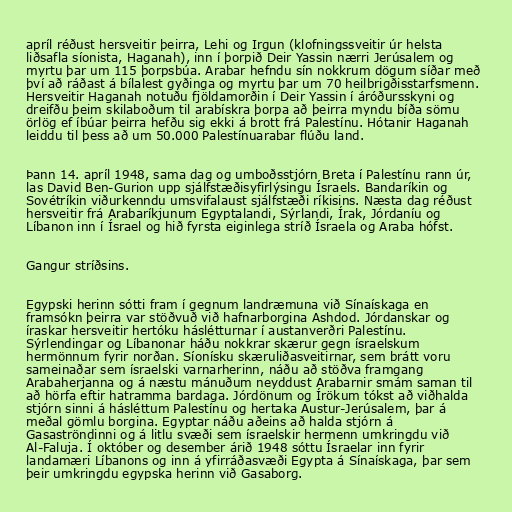
apríl réðust hersveitir þeirra, Lehi og Irgun (klofningssveitir úr helsta
liðsafla síonista, Haganah), inn í þorpið Deir Yassin nærri Jerúsalem og
myrtu þar um 115 þorpsbúa. Arabar hefndu sín nokkrum dögum síðar með
því að ráðast á bílalest gyðinga og myrtu þar um 70 heilbrigðisstarfsmenn.
Hersveitir Haganah notuðu fjöldamorðin í Deir Yassin í áróðursskyni og
dreifðu þeim skilaboðum til arabískra þorpa að þeirra myndu bíða sömu
örlög ef íbúar þeirra hefðu sig ekki á brott frá Palestínu. Hótanir Haganah
leiddu til þess að um 50.000 Palestínuarabar flúðu land.

Þann 14. apríl 1948, sama dag og umboðsstjórn Breta í Palestínu rann úr,
las David Ben-Gurion upp sjálfstæðisyfirlýsingu Ísraels. Bandaríkin og
Sovétríkin viðurkenndu umsvifalaust sjálfstæði ríkisins. Næsta dag réðust
hersveitir frá Arabaríkjunum Egyptalandi, Sýrlandi, Írak, Jórdaníu og
Líbanon inn í Ísrael og hið fyrsta eiginlega stríð Ísraela og Araba hófst.

Gangur stríðsins.

Egypski herinn sótti fram í gegnum landræmuna við Sínaískaga en
framsókn þeirra var stöðvuð við hafnarborgina Ashdod. Jórdanskar og
íraskar hersveitir hertóku háslétturnar í austanverðri Palestínu.
Sýrlendingar og Líbanonar háðu nokkrar skærur gegn ísraelskum
hermönnum fyrir norðan. Síonísku skæruliðasveitirnar, sem brátt voru
sameinaðar sem ísraelski varnarherinn, náðu að stöðva framgang
Arabaherjanna og á næstu mánuðum neyddust Arabarnir smám saman til
að hörfa eftir hatramma bardaga. Jórdönum og Írökum tókst að viðhalda
stjórn sinni á hásléttum Palestínu og hertaka Austur-Jerúsalem, þar á
meðal gömlu borgina. Egyptar náðu aðeins að halda stjórn á
Gasaströndinni og á litlu svæði sem ísraelskir hermenn umkringdu við
Al-Faluja. Í október og desember árið 1948 sóttu Ísraelar inn fyrir
landamæri Líbanons og inn á yfirráðasvæði Egypta á Sínaískaga, þar sem
þeir umkringdu egypska herinn við Gasaborg.